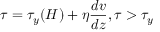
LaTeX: \tau = \tau _ { y } ( H ) + \eta { \frac { d v } { d z } } , \tau > \tau _ { y }